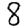
Digit: 8